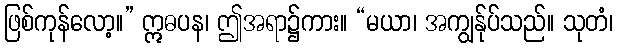
ဖြစ်ကုန်လော့။” ဣဓပန၊ ဤအရာ၌ကား။ “မယာ၊ အကျွန်ုပ်သည်။ သုတံ၊